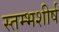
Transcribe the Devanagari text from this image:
स्तम्भशीर्ष